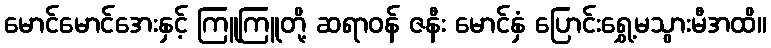
မောင်မောင်အေးနှင့် ကြူကြူတို့ ဆရာဝန် ဇနီး မောင်နှံ ပြောင်းရွှေ့မသွားမီအထိ။